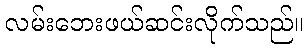
လမ်းဘေးဖယ်ဆင်းလိုက်သည်။